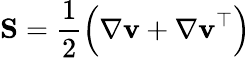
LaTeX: \mathbf{S}=\frac{1}{2}\Big(\nabla\mathbf{v}+\nabla\mathbf{v}^{\top}\Big)